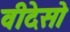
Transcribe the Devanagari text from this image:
वीदेसो